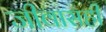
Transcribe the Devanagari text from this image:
जीवासही